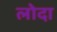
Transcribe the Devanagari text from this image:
लोदा